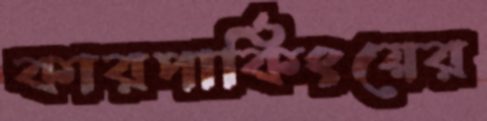
কারপার্কিংয়ের